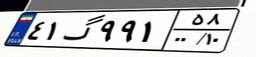
۴۱گ۹۹۱۵۸